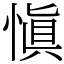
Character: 愼